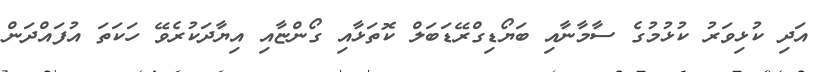
އަދި ކުޅިވަރު ކުޅުމުގެ ސާމާނާއި ބަޔޯޑިގްރޭޑަބަލް ކޮތަޅާއި ގޯންޏާއި އިޔާދަކުރެވޭ ހަކަތަ އުފައްދަން